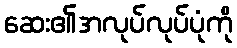
ဆေး၏အလုပ်လုပ်ပုံကို